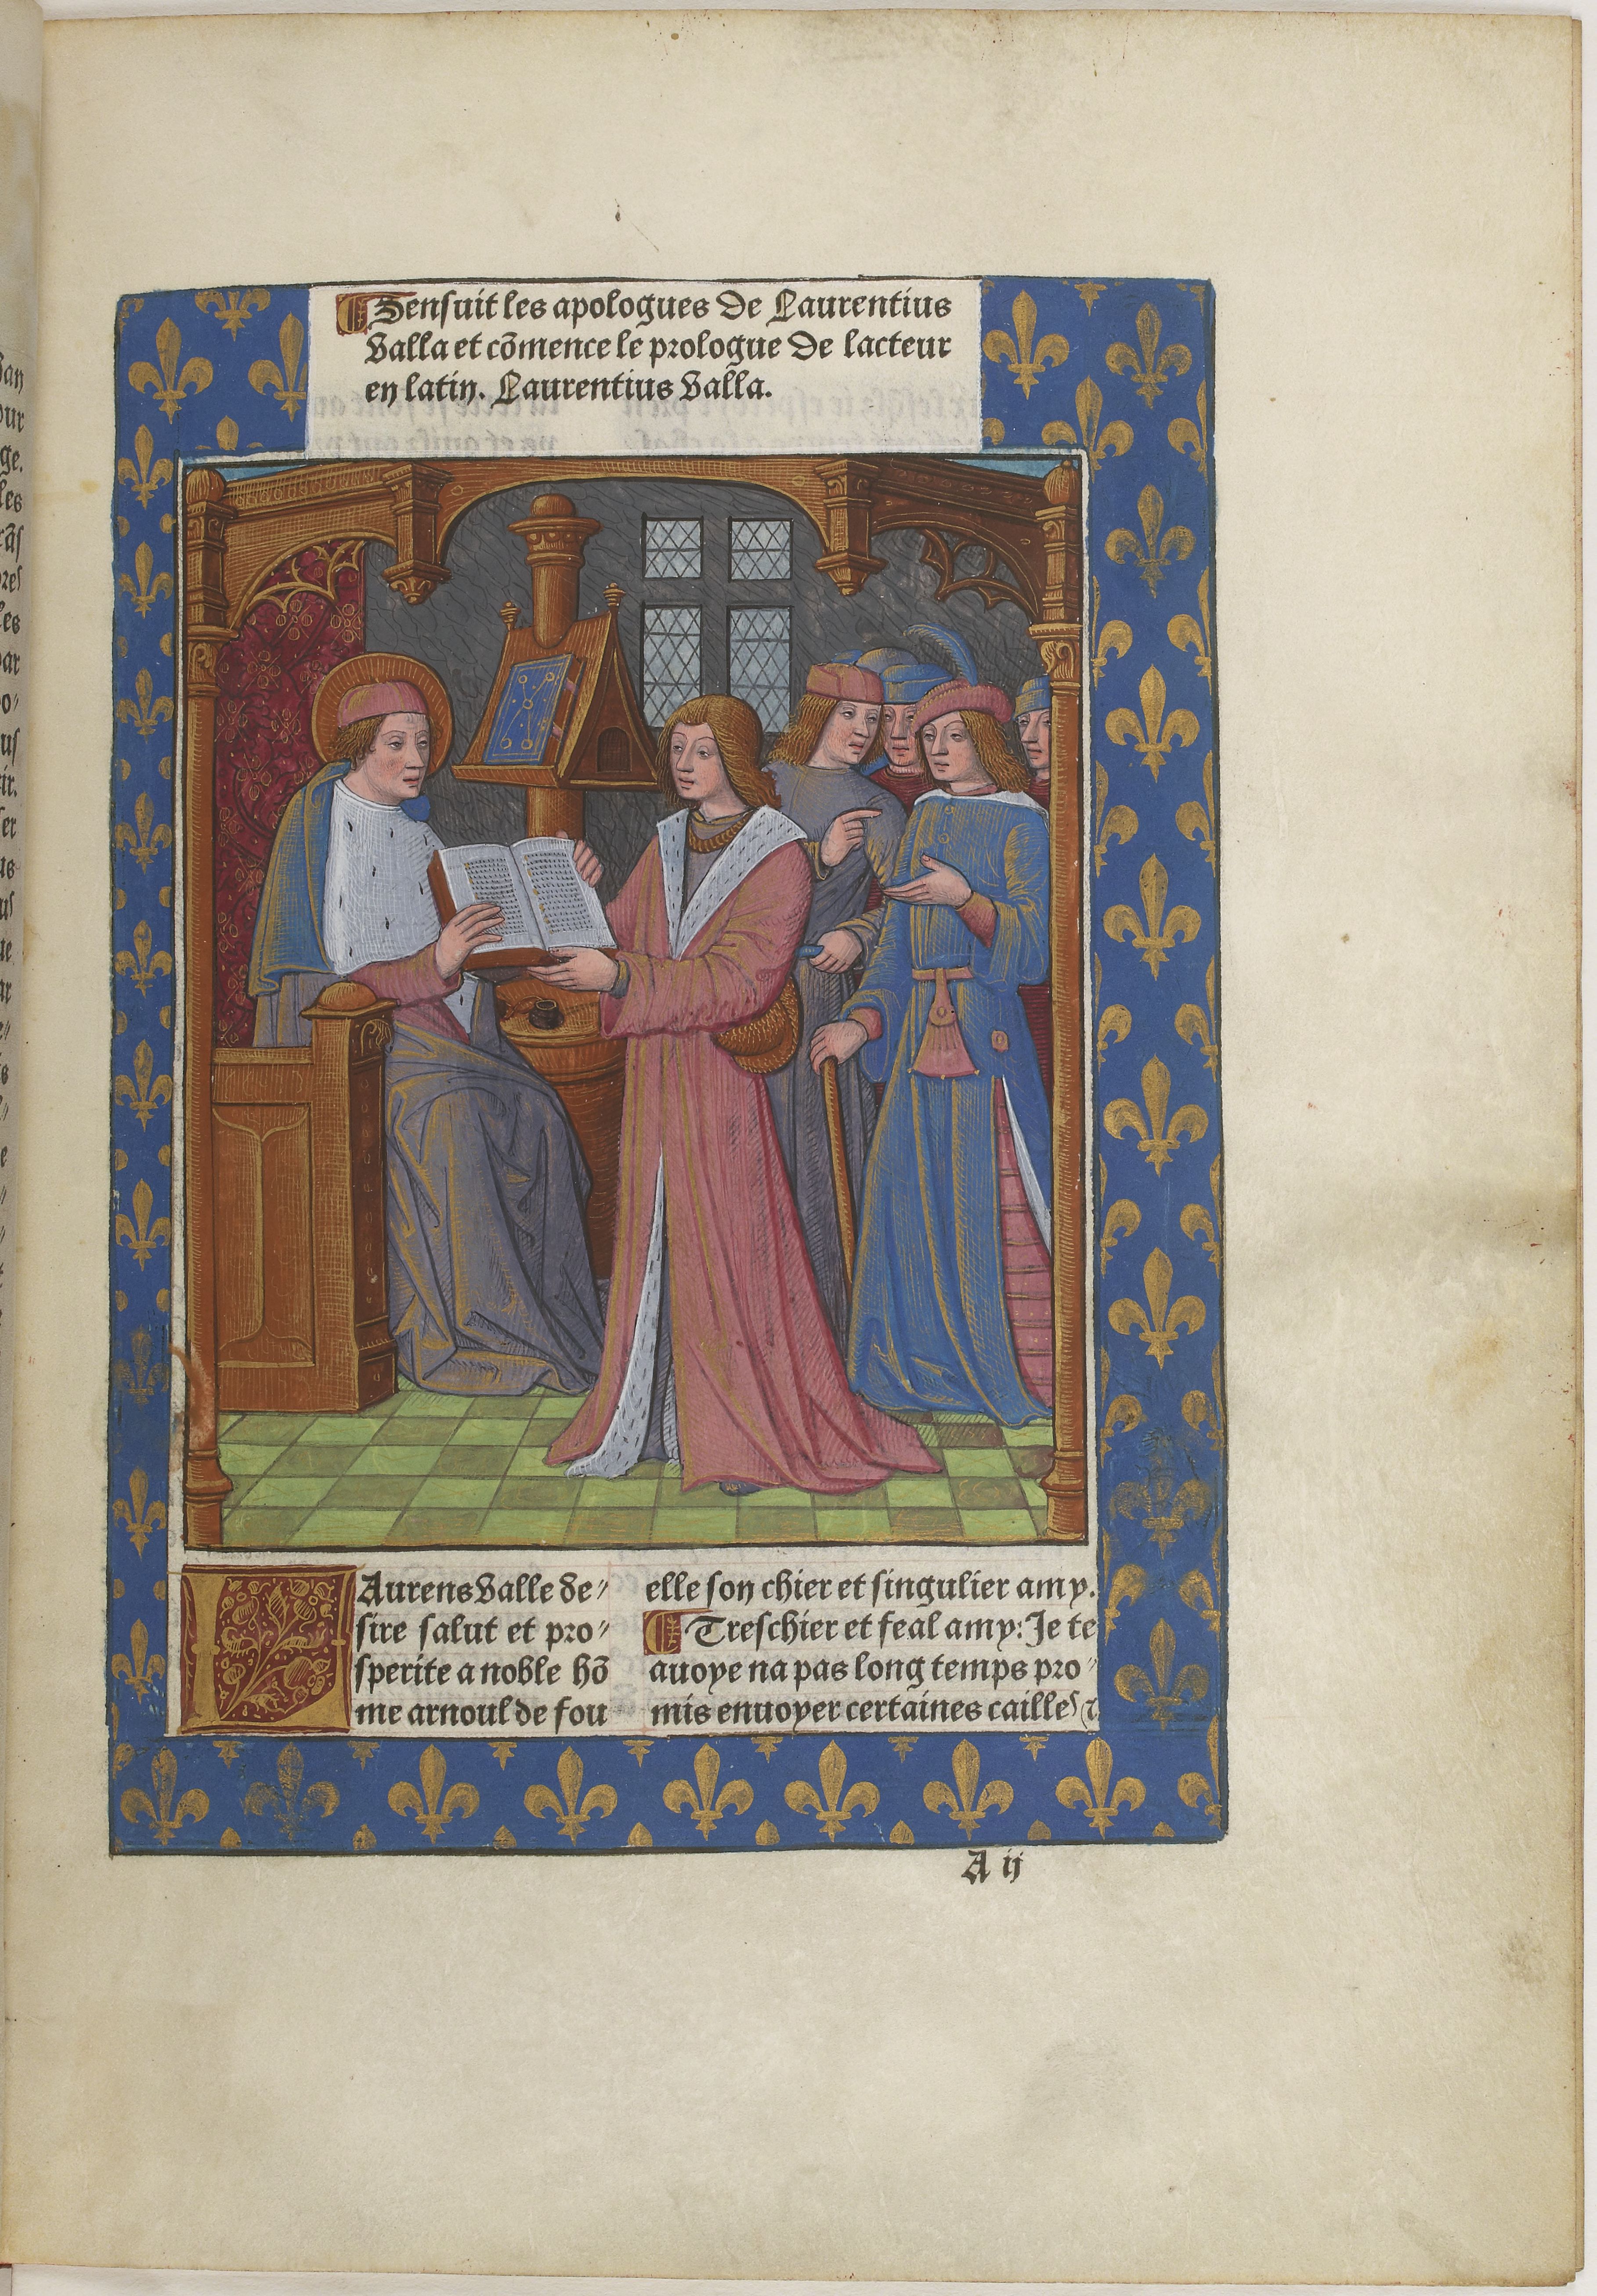
Shelfmark: Paris, BnF, Velins 611
Century: 15